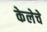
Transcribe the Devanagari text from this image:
केलेचे